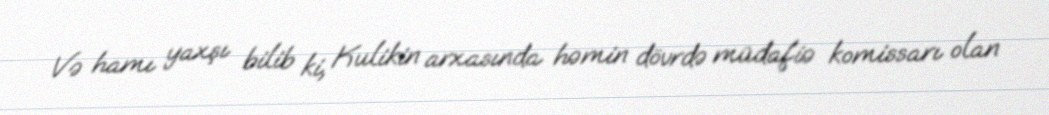
Və hamı yaxşı bilib ki, Kulikin arxasında həmin dövrdə müdafiə komissarı olan